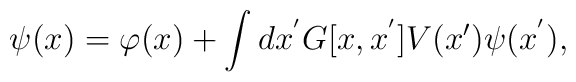
\psi (x) = \varphi (x) + \int dx^{'} G[x,x^{'}] V(x')\psi (x^{'}) ,